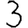
Digit: 3